Vaccination North-Western Provinces and Oudh 1878-1895 - 1878-1895
Year: 1878
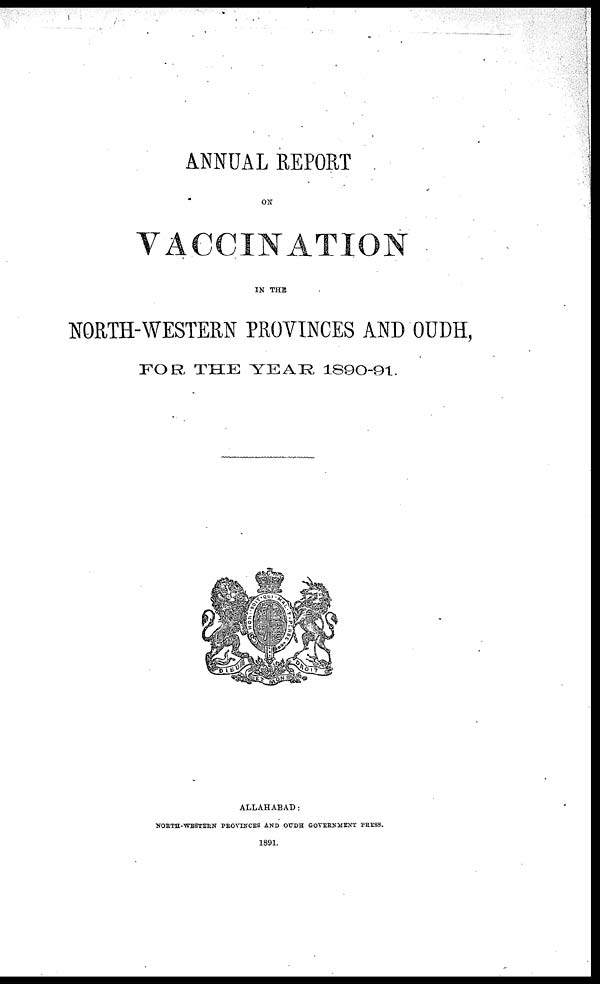
ANNUAL REPORT
ON
VACCINATION
IN THE
NORTH-WESTERN PROVINCES AND OUDH,
FOR THE YEAR 1890-91.
ALLAHABAD:
NORTH-WESTERN PROVINCES AND OUDH GOVERNMENT PRESS.
1891.